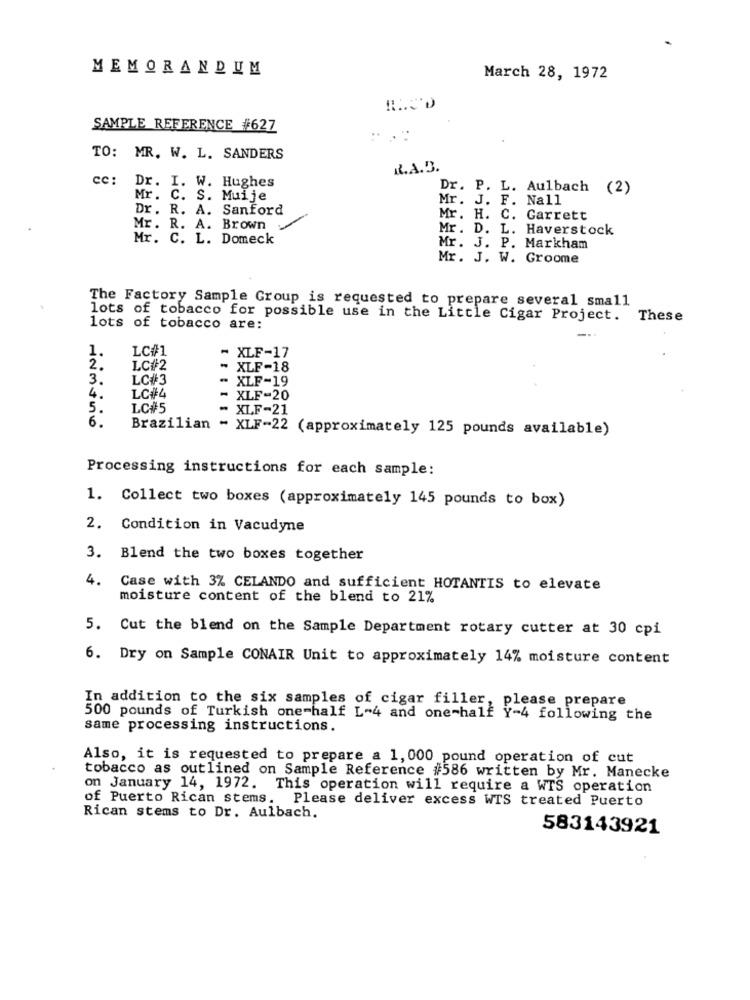
MEMORANDUM
March 28, 1972
SAMPLE REFERENCE #627
TO: MR. W. L. SANDERS
I.A.B.
cc: Dr. I. W. Hughes
Dr. P. L. Aulbach
(2)
Mr. C. S. Muije
Mr. J. F. Nall
Dr. R. A. Sanford
Mr. H. C. Garrett
Mr. R. A. Brown
Mr. D. L. Haverstock
Mr. C. L. Domeck
Mr. J. P. Markham
Mr. J. W. Groome
The Factory Sample Group is requested to prepare several small
lots of tobacco for possible use in the Little Cigar Project. These
lots of tobacco are:
LC#1
~ XLF-17
1.
2.
LC#2
XLF-18
3.
LC#3
- XLF-19
4.
LC#4
- XLF-20
5.
LC#5
- XLF-21
6.
Brazilian - XLF-22 (approximately 125 pounds available)
Processing instructions for each sample:
1. Collect two boxes (approximately 145 pounds to box)
2. Condition in Vacudyne
3. Blend the two boxes together
4.
Case with 3% CELANDO and sufficient HOTANTIS to elevate
moisture content of the blend to 21%
5. Cut the blend on the Sample Department rotary cutter at 30 cpi
6. Dry on Sample CONAIR Unit to approximately 14% moisture content
In addition to the six samples of cigar filler, please prepare
500 pounds of Turkish one-half L-4 and one-half Y-4 following the
same processing instructions.
Also, it is requested to prepare a 1, 000 pound operation of cut
tobacco as outlined on Sample Reference #586 written by Mr. Manecke
on January 14, 1972. This operation will require a WTS operation
of Puerto Rican stems. Please deliver excess WTS treated Puerto
Rican stems to Dr. Aulbach.
583143921